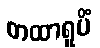
တထာရူပိံ